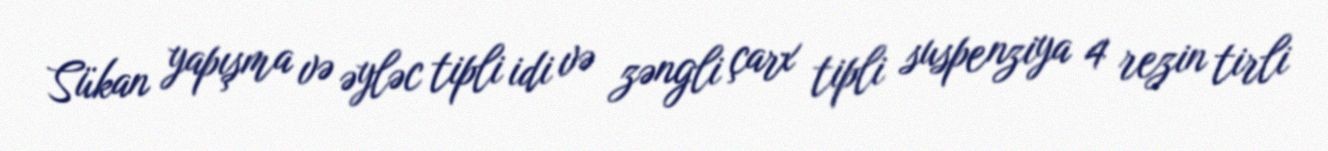
Sükan yapışma və əyləc tipli idi və zəngli çarx tipli suspenziya 4 rezin tirli